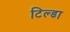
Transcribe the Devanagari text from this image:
टिल्डा